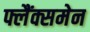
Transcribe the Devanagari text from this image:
फ्लैंक्समेन